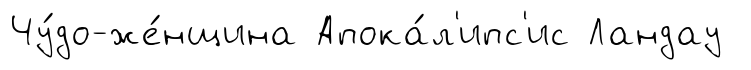
Чу́до-же́нщина Апока́л'ипс'ис Ландау